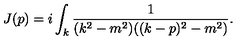
J ( p ) = i \int _ { k } \frac { 1 } { ( k ^ { 2 } - m ^ { 2 } ) ( ( k - p ) ^ { 2 } - m ^ { 2 } ) } .